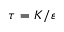
\tau = K / \varepsilon